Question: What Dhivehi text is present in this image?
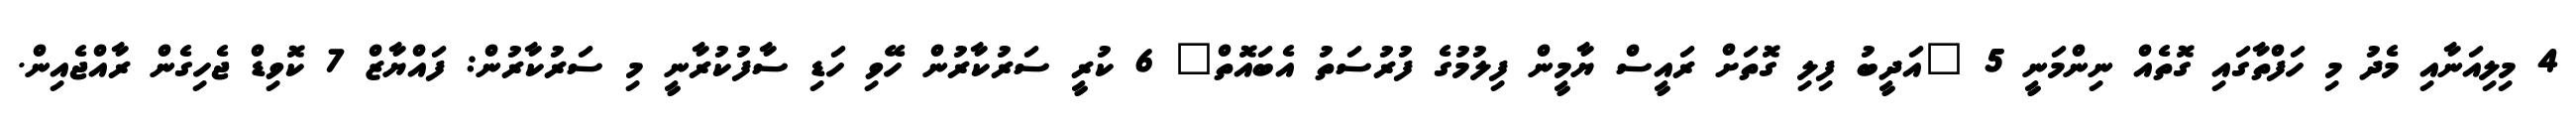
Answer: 4 މިލިއަނާއި މެދު މި ހަފްތާގައި ގޮތެއް ނިންމަނީ 5 "އަދީބު ފިލި ގޮތަށް ރައީސް ޔާމީން ފިލުމުގެ ފުރުސަތު އެބައޮތް" 6 ކުރީ ސަރުކާރުން ހޭވި ހަޑި ސާފުކުރާނީ މި ސަރުކާރުން: ފައްޔާޒް 7 ކޮވިޑް ޖެހިގެން ރާއްޖެއިން.